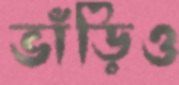
ভাঁড়িও